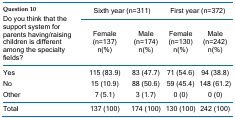
| <ROWSPAN=2> Question 10.Do you think that the support system for parents having/raising children is different among the specialty fields? | <COLSPAN=2> Sixth year (n=311) | <COLSPAN=2> First year (n=372) |
 | Female(n=137)n(%) | Male(n=174)n(%) | Female(n=130)n(%) | Male(n=242)n(%) |
 | --- | --- | --- | --- | --- |
 | Yes | 115 (83.9) | 83 (47.7) | 71 (54.6) | 94 (38.8) |
 | No | 15 (10.9) | 88 (50.6) | 59 (45.4) | 148 (61.2) |
 | Other | 7 (5.1) | 3 (1.7) | 0 (0) | 0 (0) |
 | Total | 137 (100) | 174 (100) | 130 (100) | 242 (100) |